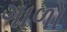
ગાળો